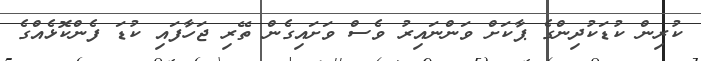
ކުރިން ކުޑަކުދިންގެ ޕާކަށް ވަންނައިރު ވެސް ވަށައިގެން ތޭރި ޖަހާފައި ކުޑަ ފެންކޮޅެއްގެ